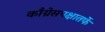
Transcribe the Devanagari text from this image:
काँग्रेसपक्षातर्फे